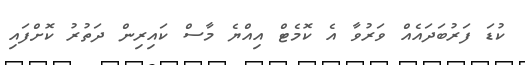
ކުޑަ ފަރުބަދައެއް ވަރުވާ އެ ކޮމެޓް އިއްޔެ މާސް ކައިރިން ދަތުރު ކޮށްފައި